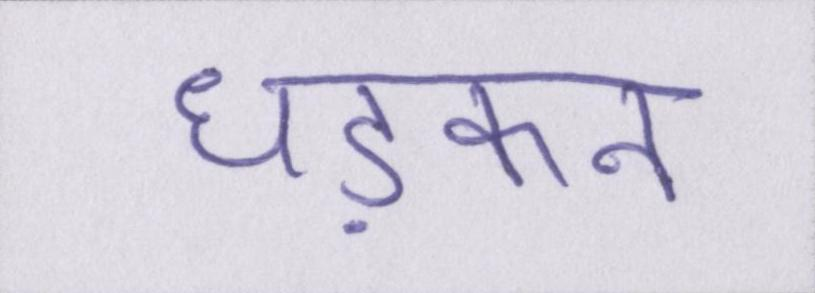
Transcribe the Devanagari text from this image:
धड़कन